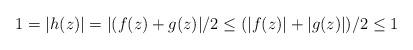
LaTeX: \begin{align*}1=|h(z)|=|(f(z)+g(z)|/2\le (|f(z)|+|g(z)|)/2\le 1\end{align*}